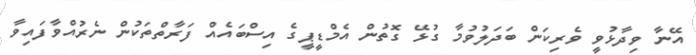
އޭނާ ވިދާޅުވީ ވެރިކަން ބަދަލުވުމާ ގުޅޭ ގޮތުން އެމްޑީޕީގެ އިސްބައެއް ފަރާތްތަކުން ނެރުއްވާފައިވާ